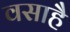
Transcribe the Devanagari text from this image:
वसाहै